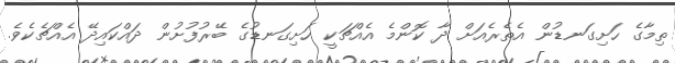
ތިމާގެ ހަށިގަނޑުން އެތެރެއަށް ދާ ކޮންމެ އެއްޗަކީ ހަށިގަނޑުގެ ބޭރުފުށުން ދައްކައިދޭ އެއްޗެކެވެ.